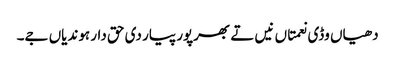
دھیاں وڈی نعمتاں نیں تے بھرپور پیار دی حق دار ہوندیاں جے۔